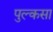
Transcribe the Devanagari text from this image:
पुल्कसा